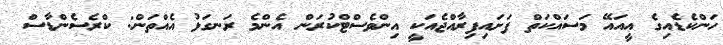
ހަންކެޑެއިގެ އީއައޭ މަސައްކަތް ފަށައިފިރާއްޖެއަކީ އިންވެސްޓްކުރަން އެންމެ ރަނގަޅު އެއްތަން: ކްރެސެންޑާސް